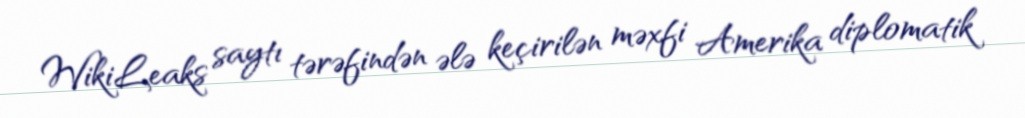
WikiLeaks saytı tərəfindən ələ keçirilən məxfi Amerika diplomatik